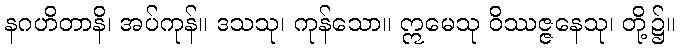
နဂဟိတာနိ၊ အပ်ကုန်။ ဒသသု၊ ကုန်သော။ ဣမေသု ဝိဿဇ္ဇနေသု၊ တို့၌။